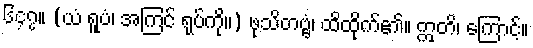
၆၄၇။ (ယံ ရူပံ၊ အကြင် ရုပ်ကို။) ဖုသိတဗ္ဗံ၊ ထိထိုက်၏။ ဣတိ၊ ကြောင့်။